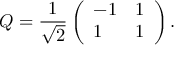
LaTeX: Q = { \frac { 1 } { \sqrt 2 } } \left( \begin{array} { l l } { { - 1 } } & { { 1 } } \\ { { 1 } } & { { 1 } } \end{array} \right) .